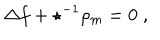
\Delta f + \star ^ { - 1 } \rho _ { m } = 0 \; ,